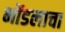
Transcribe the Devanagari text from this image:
भोंडलाचा